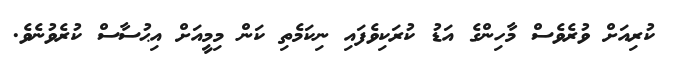
ކުރިއަށް ވުރެވެސް މާހިންގެ އަޑު ކުރަކިވެފައި ނިކަމެތި ކަން މިމީއަށް އިޙުސާސް ކުރެވުނެވެ.